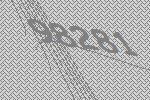
98281